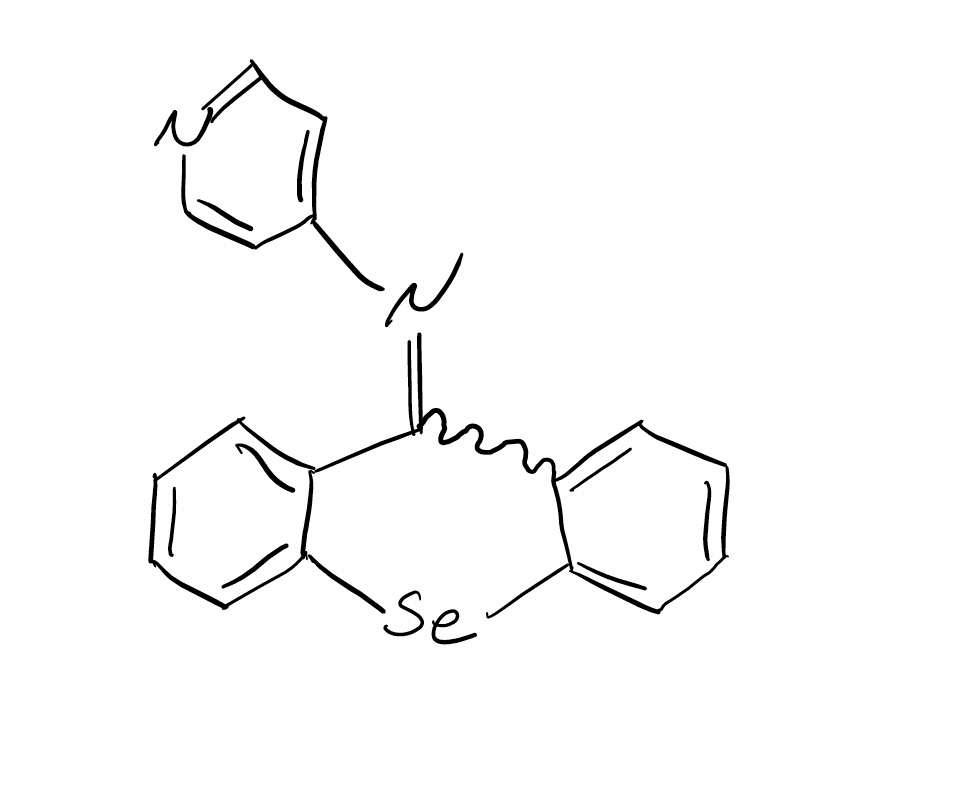
Simplified molecular-input line-entry system (SMILES) notation of the given molecule:
C1=CC=C2C(=C1)C(=NC3=CC=NC=C3)C4=CC=CC=C4[Se]2